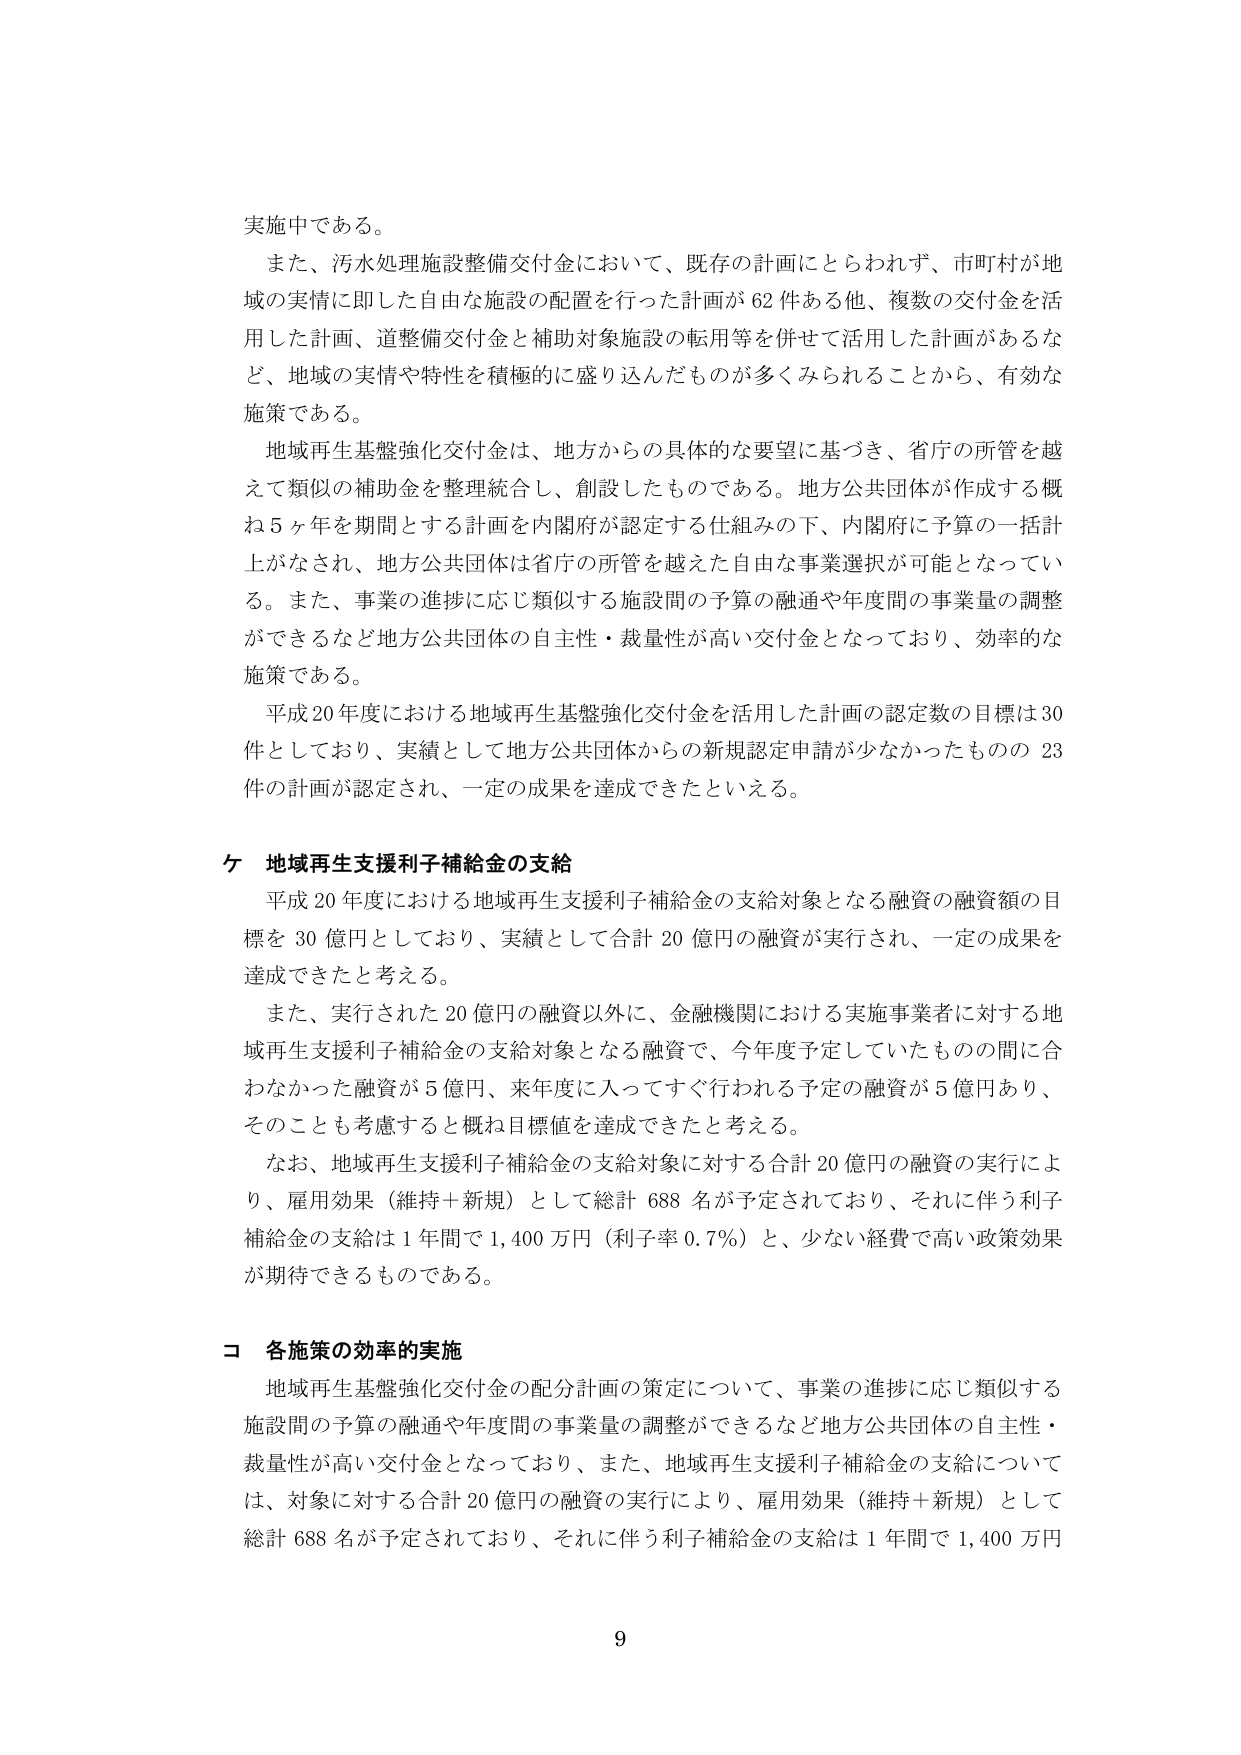
実施中である。

また、汚水処理施設整備交付金において、既存の計画にとらわれず、市町村が地域の実情に即した自由な施設の配置を行った計画が62件ある他、複数の交付金を活用した計画、道整備交付金と補助対象施設の転用等を併せて活用した計画があるなど、地域の実情や特性を積極的に盛り込んだものが多くみられることから、有効な施策である。

地域再生基盤強化交付金は、地方からの具体的な要望に基づき、省庁の所管を越えて類似の補助金を整理統合し、創設したものである。地方公共団体が作成する概ね5ヶ年を期間とする計画を内閣府が認定する仕組みの下、内閣府に予算の一括計上がなされ、地方公共団体は省庁の所管を越えた自由な事業選択が可能となっている。また、事業の進捗に応じ類似する施設間の予算の融通や年度間の事業量の調整ができるなど地方公共団体の自主性・裁量性が高い交付金となっており、効率的な施策である。

平成20年度における地域再生基盤強化交付金を活用した計画の認定数の目標は30件としており、実績として地方公共団体からの新規認定申請が少なかったものの23件の計画が認定され、一定の成果を達成できたといえる。

ケ 地域再生支援利子補給金の支給

平成20年度における地域再生支援利子補給金の支給対象となる融資の融資額の目標を30億円としており、実績として合計20億円の融資が実行され、一定の成果を達成できたと考える。

また、実行された20億円の融資以外に、金融機関における実施事業者に対する地域再生支援利子補給金の支給対象となる融資で、今年度予定していたものの間に合わなかった融資が5億円、来年度に入ってすぐ行われる予定の融資が5億円あり、そのことも考慮すると概ね目標値を達成できたと考える。

なお、地域再生支援利子補給金の支給対象に対する合計20億円の融資の実行により、雇用効果（維持＋新規）として総計688名が予定されており、それに伴う利子補給金の支給は1年間で1,400万円（利子率0.7％）と、少ない経費で高い政策効果が期待できるものである。

コ 各施策の効率的実施

地域再生基盤強化交付金の配分計画の策定について、事業の進捗に応じ類似する施設間の予算の融通や年度間の事業量の調整ができるなど地方公共団体の自主性・裁量性が高い交付金となっており、また、地域再生支援利子補給金の支給については、対象に対する合計20億円の融資の実行により、雇用効果（維持＋新規）として総計688名が予定されており、それに伴う利子補給金の支給は1年間で1,400万円

9